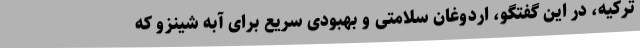
ترکیه، در این گفتگو، اردوغان سلامتی و بهبودی سریع برای آبه شینزو که